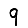
Digit: 9